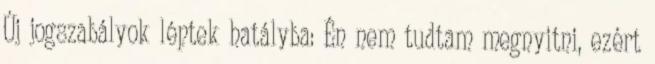
Új jogszabályok léptek hatályba: Én nem tudtam megnyitni, ezért